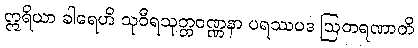
ဣရိယာ ခါရေဟိ သုဝီရသုတ္တဝဏ္ဏနာ ပရဿပဒ ဩတရဏာတိ